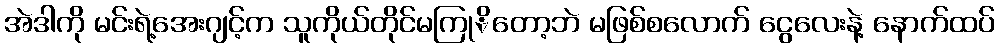
အဲဒါကို မင်းရဲ့အေးဂျင့်က သူကိုယ်တိုင်မကြုိတော့ဘဲ မဖြစ်စလောက် ငွေလေးနဲ့ နောက်ထပ်